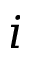
i